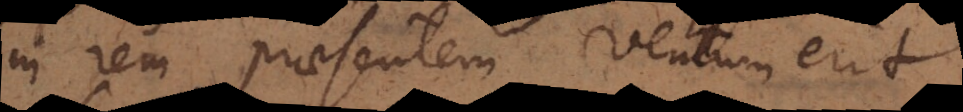
in rem praesentem ventum erit,